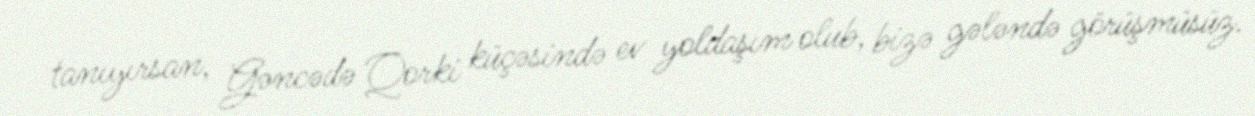
tanıyırsan, Gəncədə Qorki küçəsində ev yoldaşım olub, bizə gələndə görüşmüsüz.